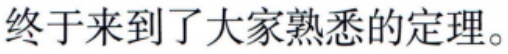
终于来到了大家熟悉的定理。